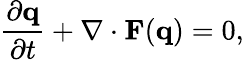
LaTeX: \frac{\partial\mathbf{q}}{\partial t}+\nabla\cdot\mathbf{F}(\mathbf{q})=0,